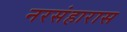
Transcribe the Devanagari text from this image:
नरसंहारास